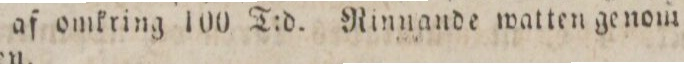
björkſtog af omkring 100 T:d. Rinnande watten genom